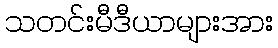
သတင်းမီဒီယာများအား